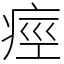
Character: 痙